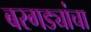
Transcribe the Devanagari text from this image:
बरगड्यांचा